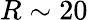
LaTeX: R\sim 20